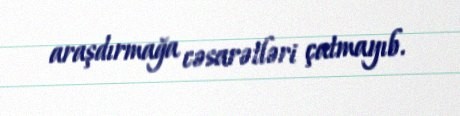
araşdırmağa cəsarətləri çatmayıb.